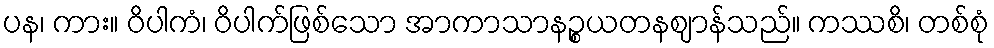
ပန၊ ကား။ ဝိပါကံ၊ ဝိပါက်ဖြစ်သော အာကာသာနဉ္စယတနဈာန်သည်။ ကဿစိ၊ တစ်စုံ